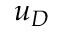
u _ { D }